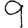
Digit: 9